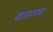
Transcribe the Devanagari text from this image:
खलाशाचा